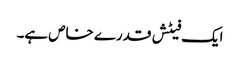
ایک فیٹش قدرے خاص ہے۔